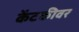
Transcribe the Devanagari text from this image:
केंटकीवर